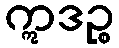
ဣဒဉ္စ